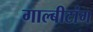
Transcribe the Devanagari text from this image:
गाल्बीटांग